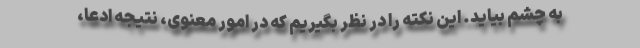
به چشم بیاید. این نکته را در نظر بگیریم که در امور معنوی، نتیجه ادعا،